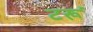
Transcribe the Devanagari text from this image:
टरूं